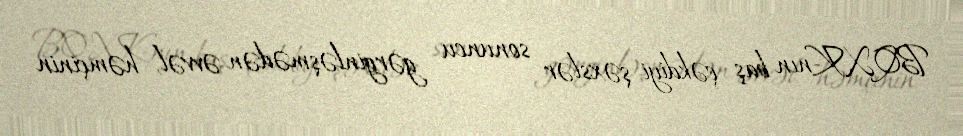
BQXK-nın baş çəkdiyi şəxslər sonuncu gərginləşmədən əvvəl, həmçinin